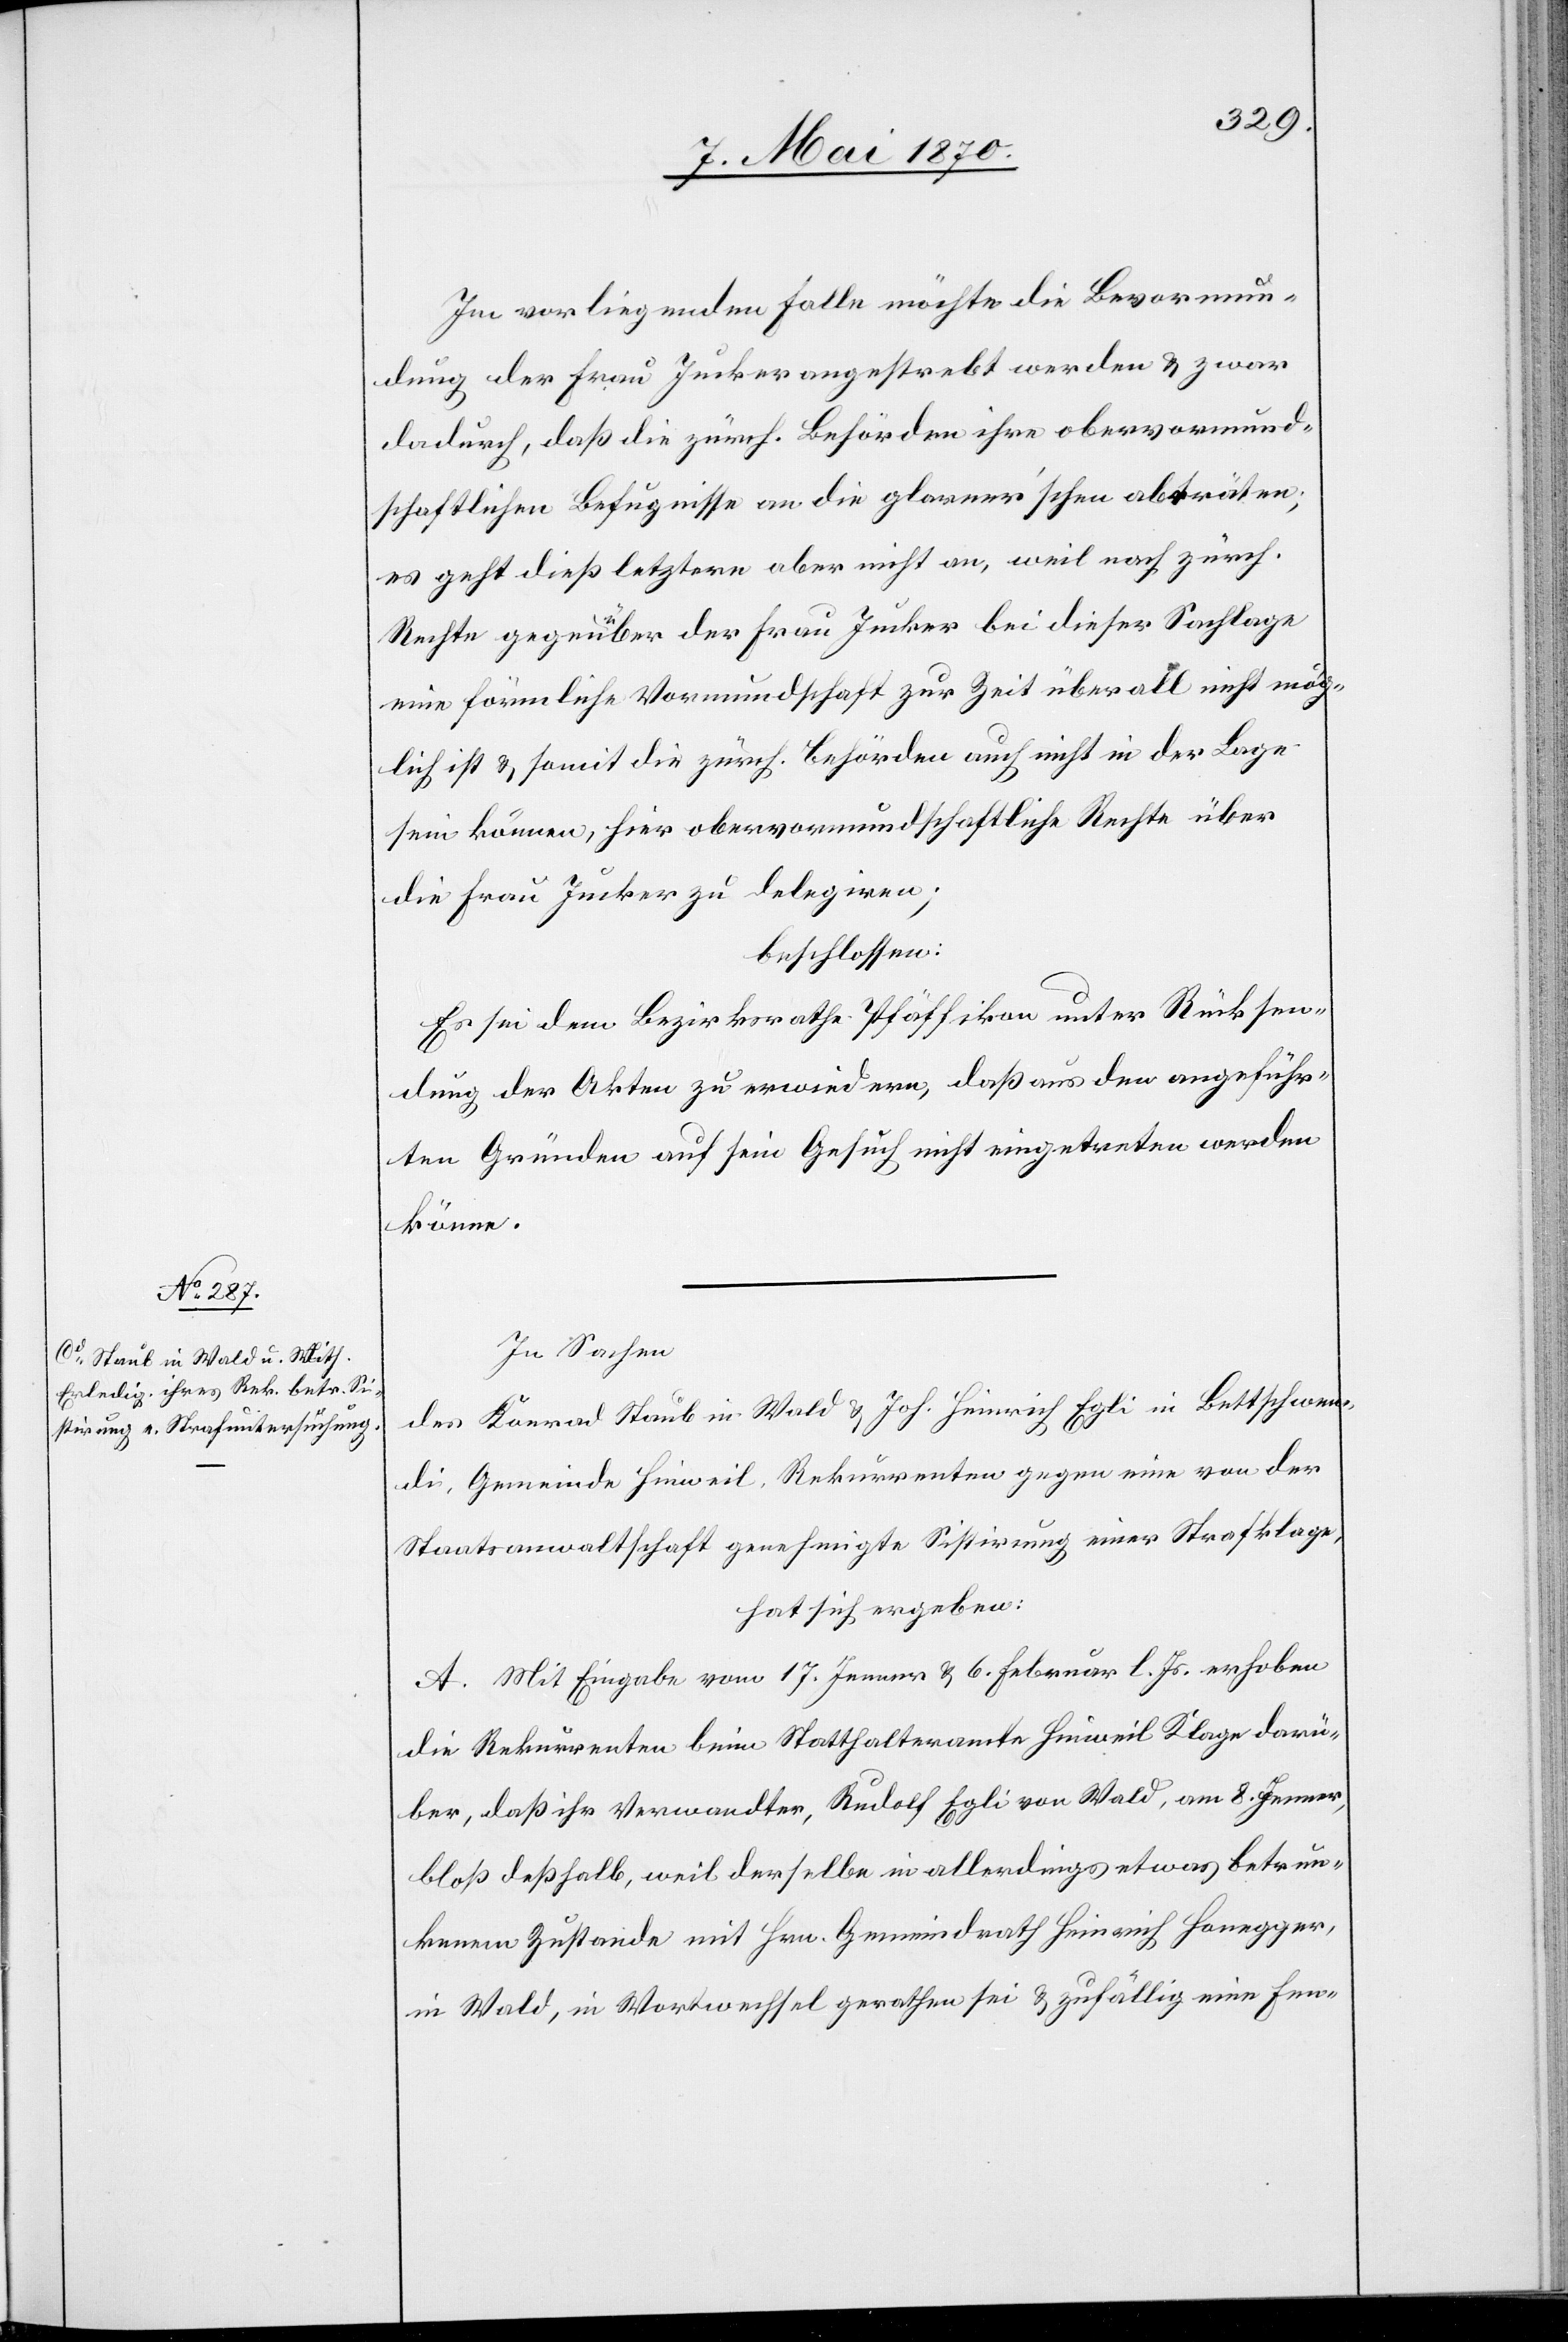
Im vorliegenden Falle möchte die Bevormun¬
dung der Frau Jucker angestrebt werden & zwar
dadurch, daß die zürch. Behörden ihre obervormund¬
schaftlichen Befugnisse an die glarner’schen abträten;
es geht dieß letztere aber nicht an, weil nach zürch.
Rechte gegenüber der Frau Jucker bei dieser Sachlage
eine förmliche Vormundschaft zur Zeit überall nicht mög¬
lich ist & somit die zürch. Behörden auch nicht in der Lage
sein können, hier obervormundschaftliche Rechte über
die Frau Jucker zu delegiren;
beschlossen:
Es sei dem Bezirksrathe Pfäffikon unter Rücksen¬
dung der Akten zu erwiedern, daß aus den angeführ¬
ten Gründen auf sein Gesuch nicht eingetreten werden
könne.
In Sachen
des Konrad [sic!] Staub in Wald & Joh. Heinrich Egli in Bettschwen¬
di, Gemeinde Hinweil, Rekurrenten gegen eine von der
Staatsanwaltschaft genehmigte Sistirung einer Strafklage,
hat sich ergeben:
A. Mit Eingabe vom 17. Jenner & 6. Februar l. Js. erhoben
die Rekurrenten beim Statthalteramte Hinweil Klage darü¬
ber, daß ihr Verwandter, Rudolf Egli von Wald, am 8. Jenner,
bloß deßhalb, weil derselbe in allerdings etwas betrun¬
kenem Zustande mit Hrn. Gemeindrath Heinrich Honegger,
in Wald, in Wortwechsel gerathen sei & zufällig eine Fen-